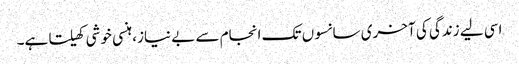
اسی لیے زندگی کی آخری سانسوں تک انجام سے بے نیاز، ہنسی خوشی کھیلتا ہے۔